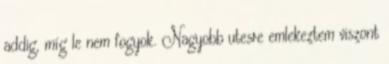
addig, míg le nem fogyok. Nagyobb utesre emlekeztem viszont